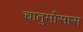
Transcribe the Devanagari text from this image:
चातुर्मासास